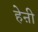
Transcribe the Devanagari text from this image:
हेऩी